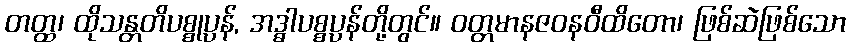
တတ္ထ၊ ထိုသန္တတိပစ္စုပ္ပန်, အဒ္ဓါပစ္စပ္ပန်တို့တွင်။ ဝတ္တမာနဇဝနဝီထိတော၊ ဖြစ်ဆဲဖြစ်သော